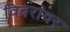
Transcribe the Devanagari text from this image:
विवरांवर